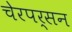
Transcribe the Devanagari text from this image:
चेरपर्सन